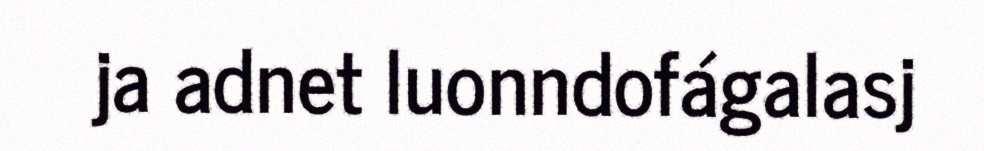
ja adnet luonndofágalasj